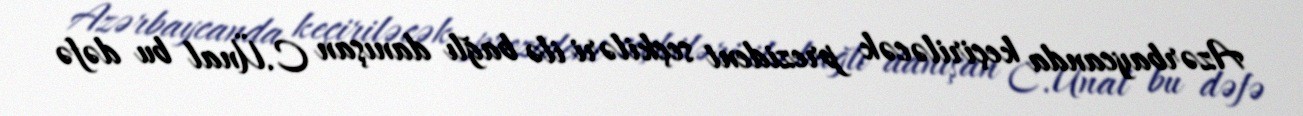
Azərbaycanda keçiriləcək prezident seçkiləri ilə bağlı danışan C.Ünal bu dəfə